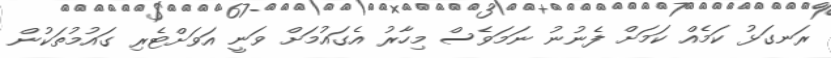
ރަނގަޅު ކަމެއް ކަމަށް ފެނުނު ނަމަވެސް މިހާރު އެގައުމަށް ވަނީ އަވަށްޓެރި ގައުމުތަކުން